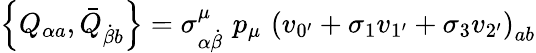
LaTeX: \left\{ Q_{\alpha a},\bar{Q}_{\dot{\beta}b}\right\} =\sigma_{\alpha\dot{\beta}}^{\mu}\, \, p_{\mu}\, \, \left(v_{0^{\prime}}+\sigma_{1}v_{1^{\prime}}+\sigma_{3}v_{2^{\prime}}\right)_{ab}